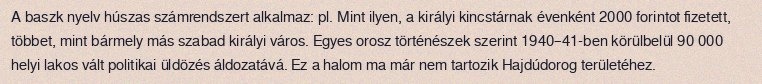
A baszk nyelv húszas számrendszert alkalmaz: pl. Mint ilyen, a királyi kincstárnak évenként 2000 forintot fizetett, többet, mint bármely más szabad királyi város. Egyes orosz történészek szerint 1940–41-ben körülbelül 90 000 helyi lakos vált politikai üldözés áldozatává. Ez a halom ma már nem tartozik Hajdúdorog területéhez.